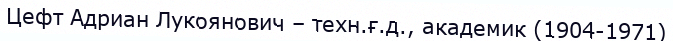
Цефт Адриан Лукоянович – техн.ғ.д., академик (1904-1971)